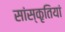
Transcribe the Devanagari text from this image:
सांस्कृतियां